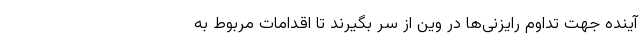
آینده جهت تداوم رایزنی‌ها در وین از سر بگیرند تا اقدامات مربوط به